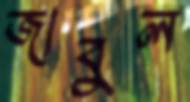
জাবুল